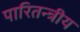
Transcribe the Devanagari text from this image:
पारितन्त्रीय